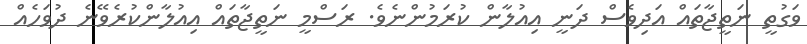
ވަގުތީ ނަތީޖާތައް އަދިވެސް ދަނީ އިއުލާން ކުރަމުންނެެވެ. ރަސްމީ ނަތީޖާތައް އިއުލާންކުރެވޭނެ ދުވަހެއް